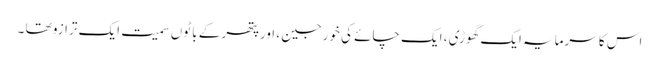
اس کا سرمایہ ایک گھوڑی ، ایک چائے کی خورجین ، اورپتھر کے باٹوں سمیت ایک ترازو تھا ۔